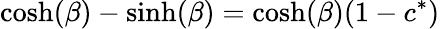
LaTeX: \cosh(\beta)-\sinh(\beta)=\cosh(\beta)(1-c^{*})